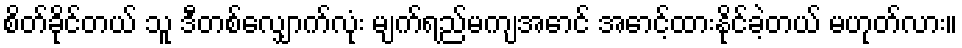
စိတ်ခိုင်တယ် သူ ဒီတစ်လျှောက်လုံး မျက်ရည်မကျအောင် အောင့်ထားနိုင်ခဲ့တယ် မဟုတ်လား။